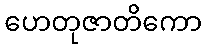
ဟေတုဇာတိကော